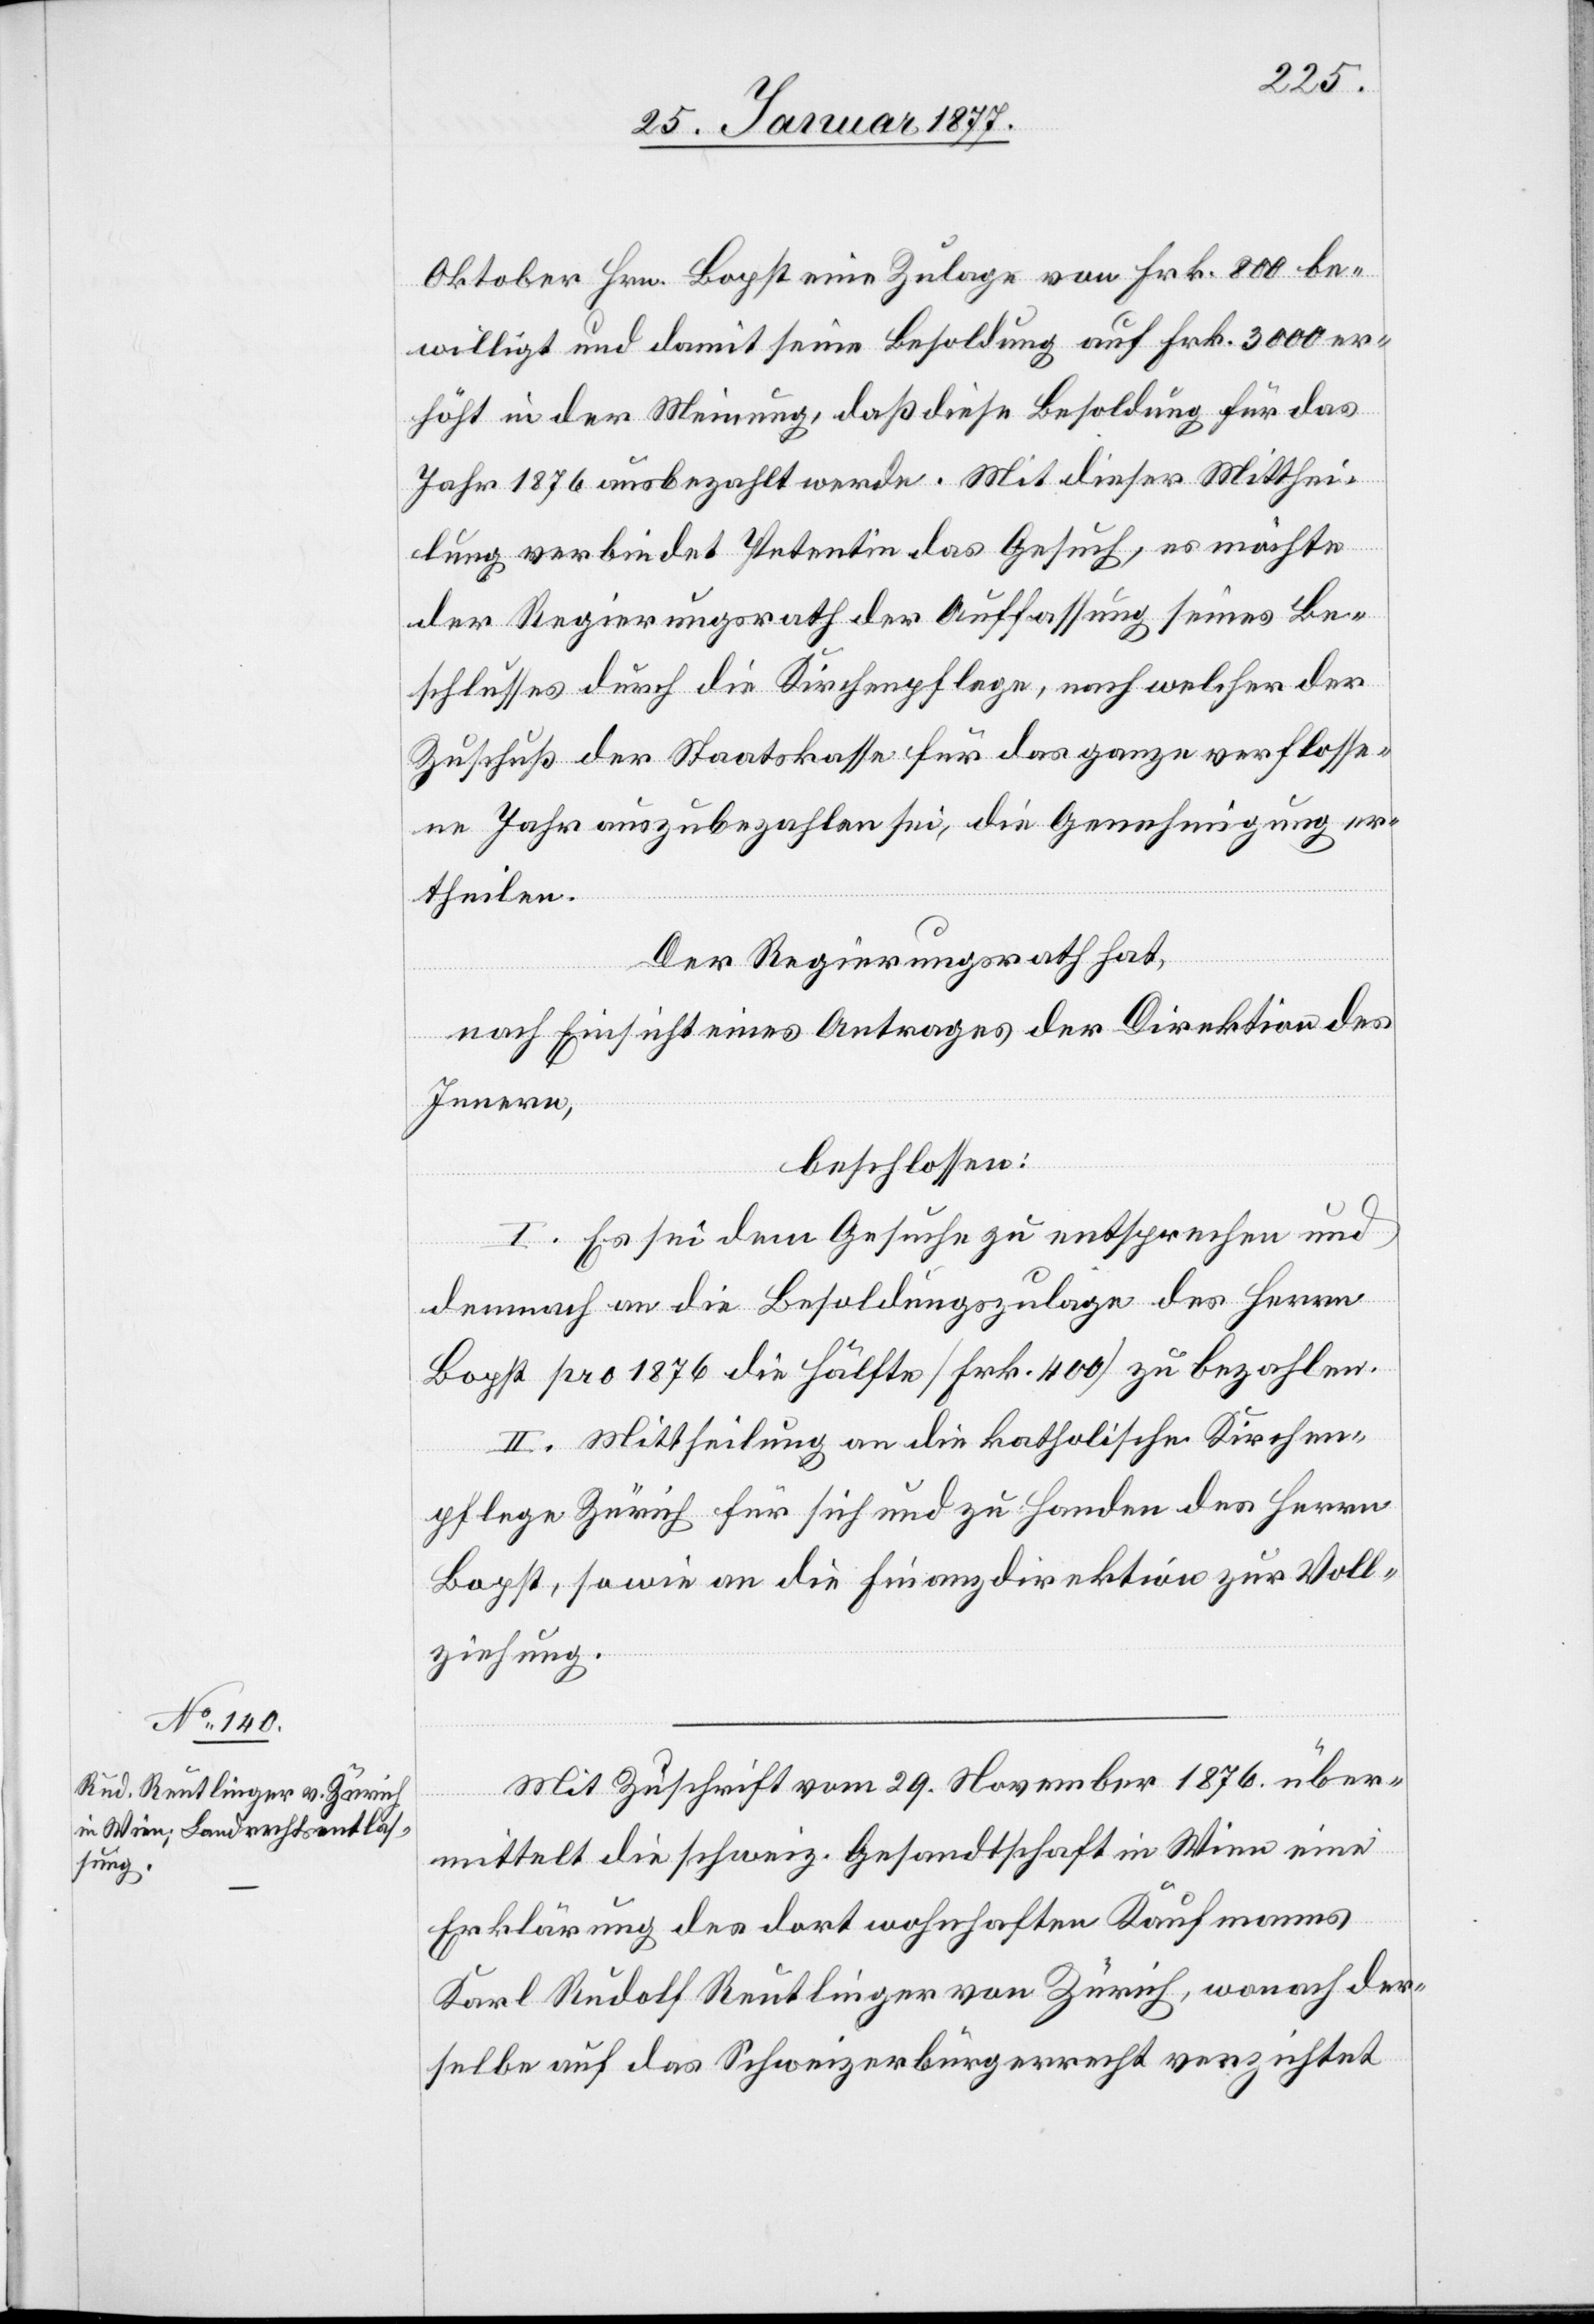
Oktober Hrn. Bopst eine Zulage von Frk. 800 be¬
willigt und damit seine Besoldung auf Frk. 3000 er¬
höht in der Meinung, daß diese Besoldung für das
Jahr 1876 ausbezahlt werde. Mit dieser Mitthei¬
lung verbindet Petentin das Gesuch, es möchte
der Regierungsrath der Auffassung seines Be¬
schlusses durch die Kirchenpflege, nach welcher der
Zuschuß der Staatskasse für das ganze verflosse¬
ne Jahr auszubezahlen sei, die Genehmigung er¬
theilen.
Der Regierungsrath hat,
nach Einsicht eines Antrages der Direktion des
Innern,
beschlossen:
I. Es sei dem Gesuche zu entsprechen und
demnach an die Besoldungszulage des Herrn
Bopst pro 1876 die Hälfte [Frk. 400] zu bezahlen.
II. Mittheilung an die katholische Kirchen¬
pflege Zürich für sich und zu Handen des Herrn
Bopst, sowie an die Finanzdirektion zur Voll¬
ziehung.
Mit Zuschrift vom 29. November 1876 über¬
mittelt die schweiz. Gesandtschaft in Wien eine
Erklärung des dort wohnhaften Kaufmanns
Karl Rudolf Reutlinger von Zürich, wonach der¬
selbe auf das Schweizerbürgerrecht verzichtet